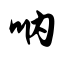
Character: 呐